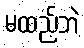
မထည့်ဘဲ